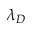
\lambda _ { D }